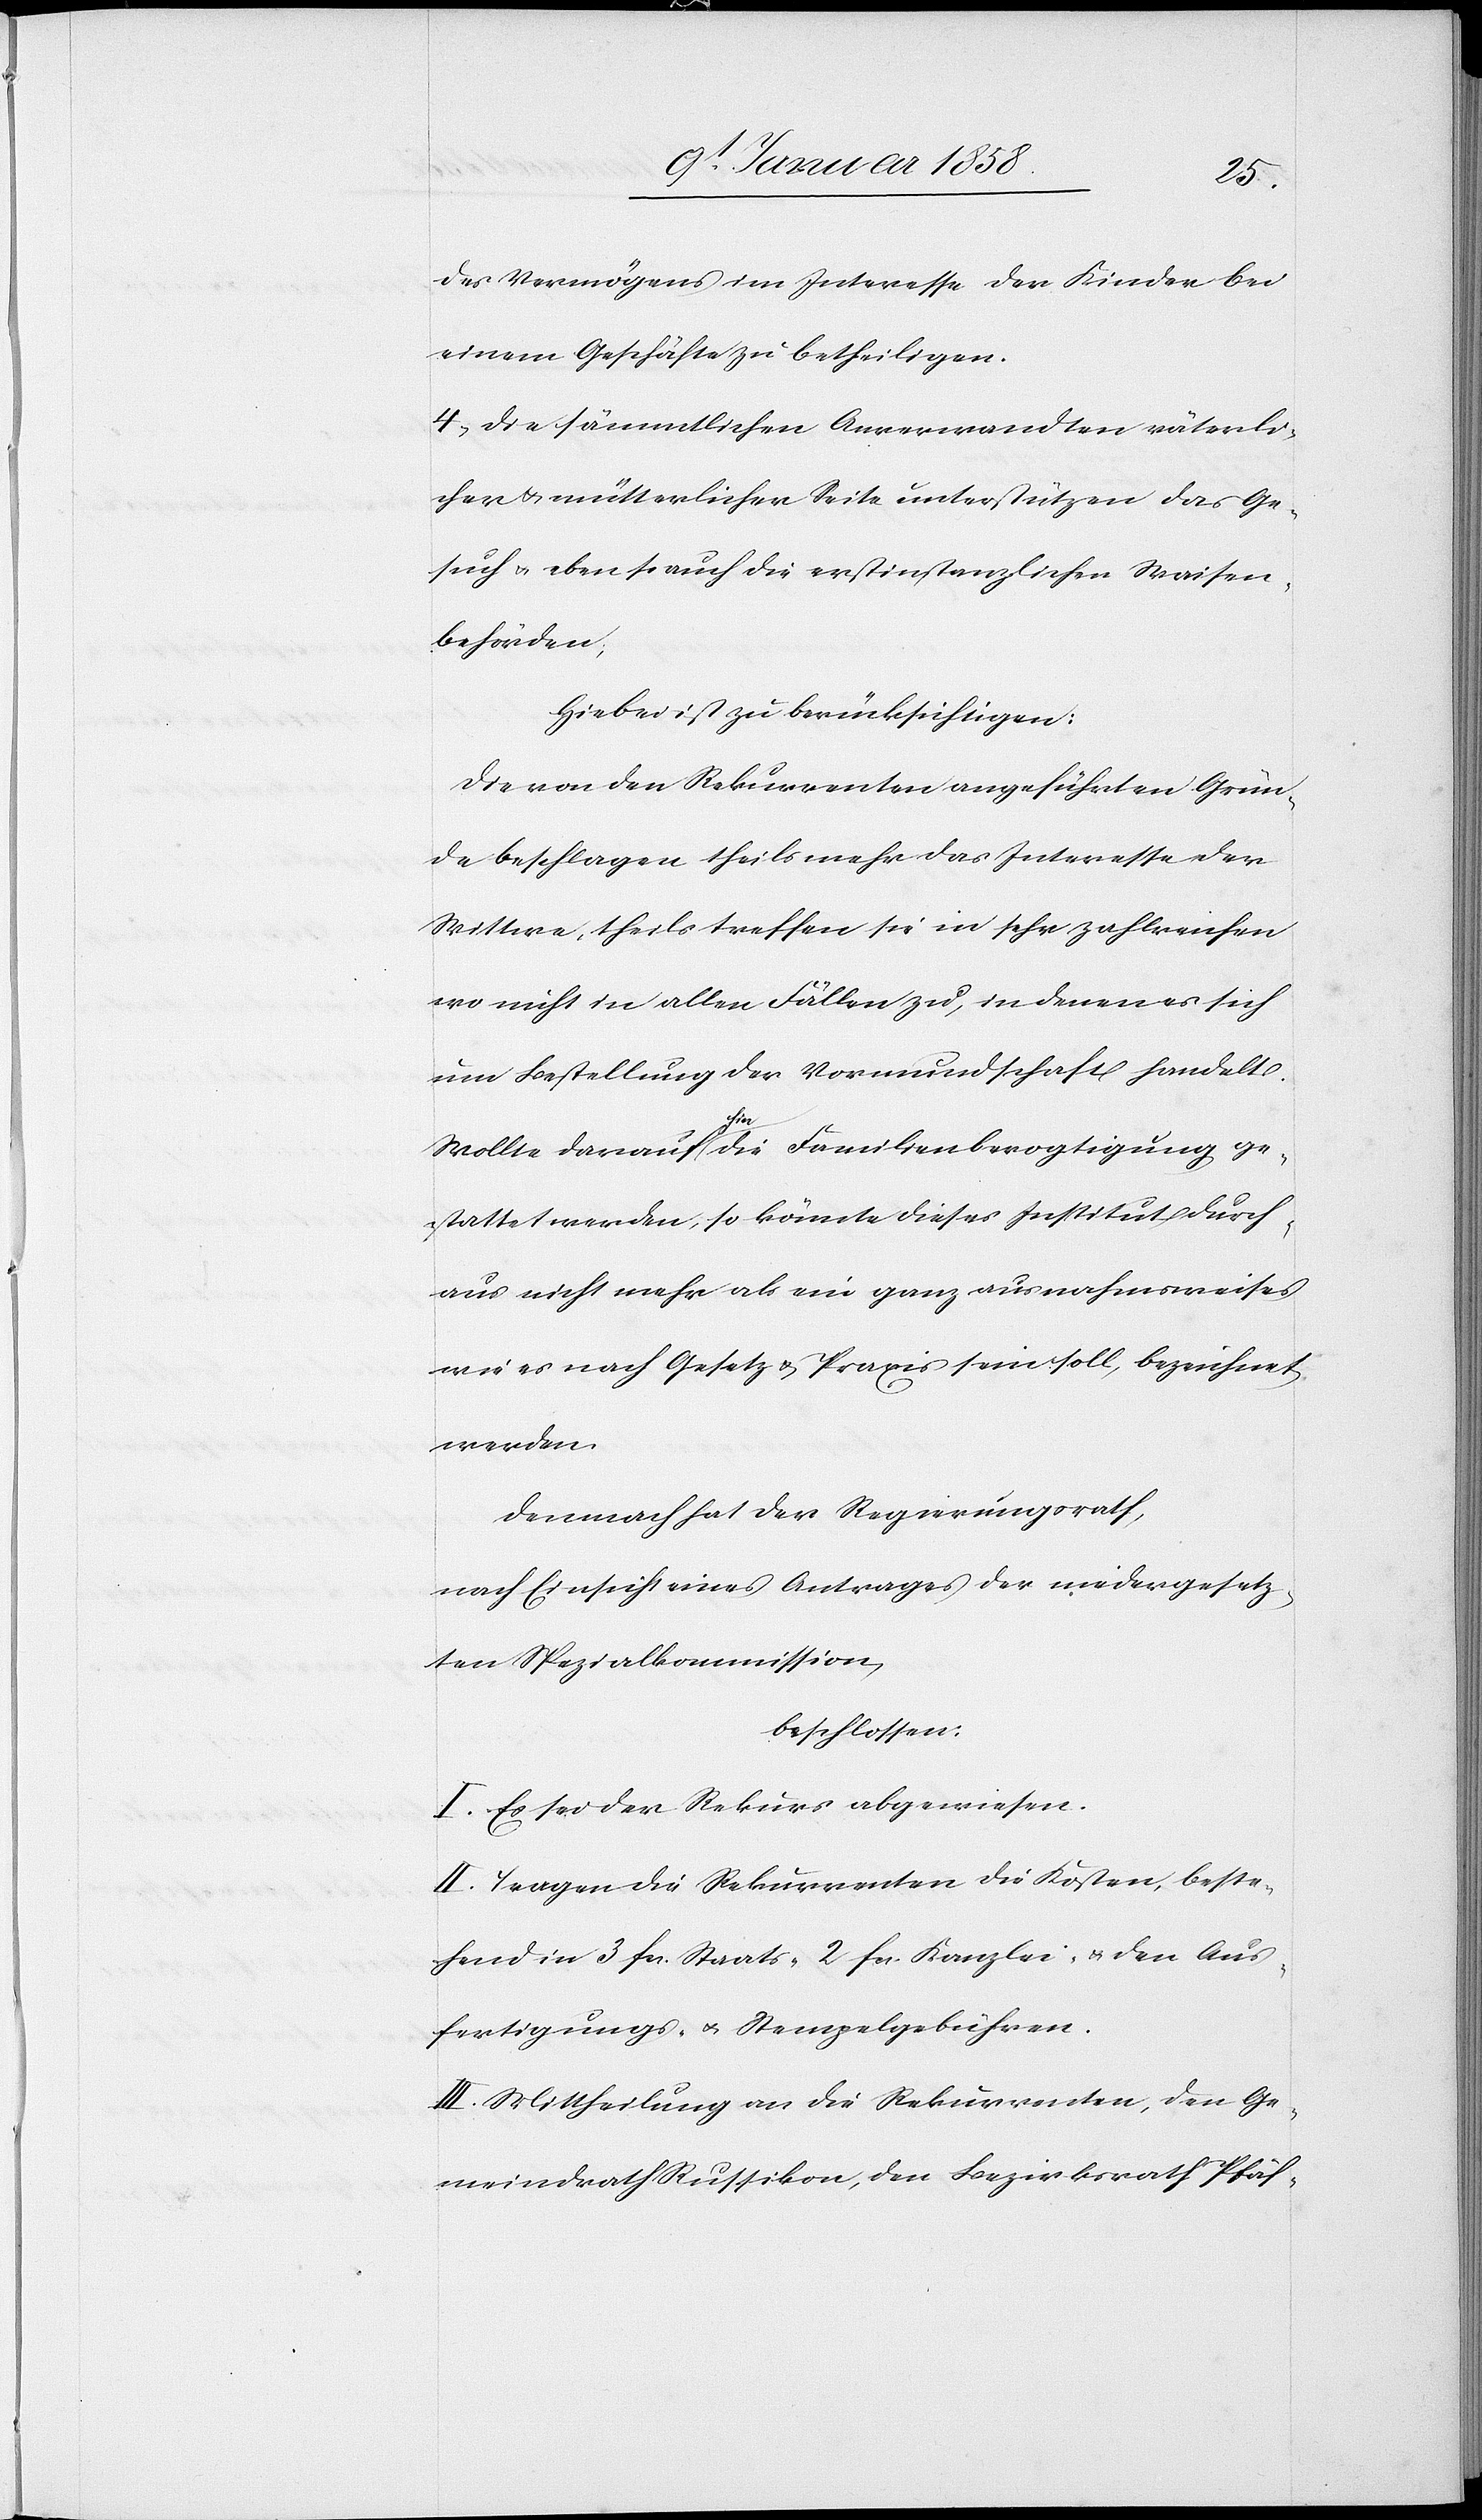
des Vermögens im Interesse der Kinder bei
einem Geschäfte zu betheiligen.
4. Die sämmtlichen Anverwandten väterli¬
cher u. mütterlicher Seite unterstützen das Ge¬
such u. ebenso auch die erstinstanzlichen Waisen¬
behörden;
Hiebei ist zu berücksichtigen:
Die von den Rekurrenten angeführten Grün¬
de beschlagen theils mehr das Interesse der
Wittwe, theils treffen sie in sehr zahlreichen
wo nicht in allen Fällen zu, in denen es sich
um Bestellung der Vormundschaft handelt.
Wollte darauf hier die Familienbevogtigung ge¬
stattet werden, so könnte dieses Institut durch¬
aus nicht mehr als ein ganz ausnahmsweises
wie es nach Gesetz u. Praxis sein soll, bezeichnet
werden.
Demnach der Regierungsrath,
nach Einsicht eines Antrages der niedergesetz¬
ten Spezialkommission
beschlossen:
I. Es sei der Rekurs abgewiesen.
II. Tragen die Rekurrenten die Kosten, beste¬
hend in 3 fcs. Staats- 2 fcs. Kanzlei- u. den Aus¬
fertigungs- u. Stempelgebühren.
III. Mittheilung an die Rekurrenten, den Ge¬
meindrath Russikon, den Bezirksrath Pfäf-